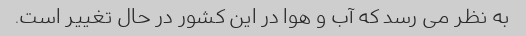
به نظر می رسد که آب و هوا در این کشور در حال تغییر است.